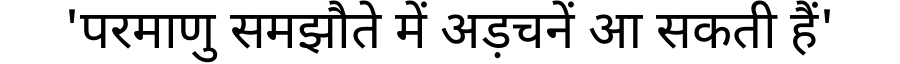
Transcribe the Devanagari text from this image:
'परमाणु समझौते में अड़चनें आ सकती हैं'